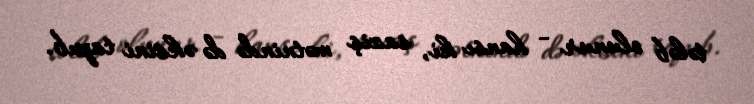
tələb olunur - hansı ki, saziş mətnində də əksini tapıb.